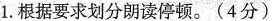
1.根据要求划分朗读停顿。（4分）